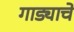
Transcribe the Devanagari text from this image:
गाड्याचे